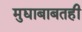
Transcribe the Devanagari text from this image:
मुद्याबाबतही